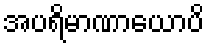
အပရိမာဏာယောပိ